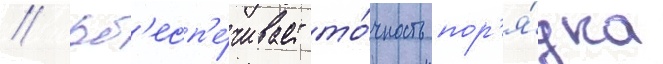
// Об'есп'е́чивает то́чность пор'я́дка